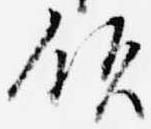
領